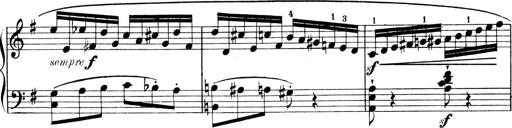
Title: 4 Sonatines
Composer: Max Reger